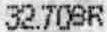
32.70SR